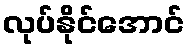
လုပ်နိုင်အောင်